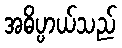
အဓိပ္ပာယ်သည်